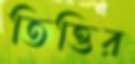
তিত্তির